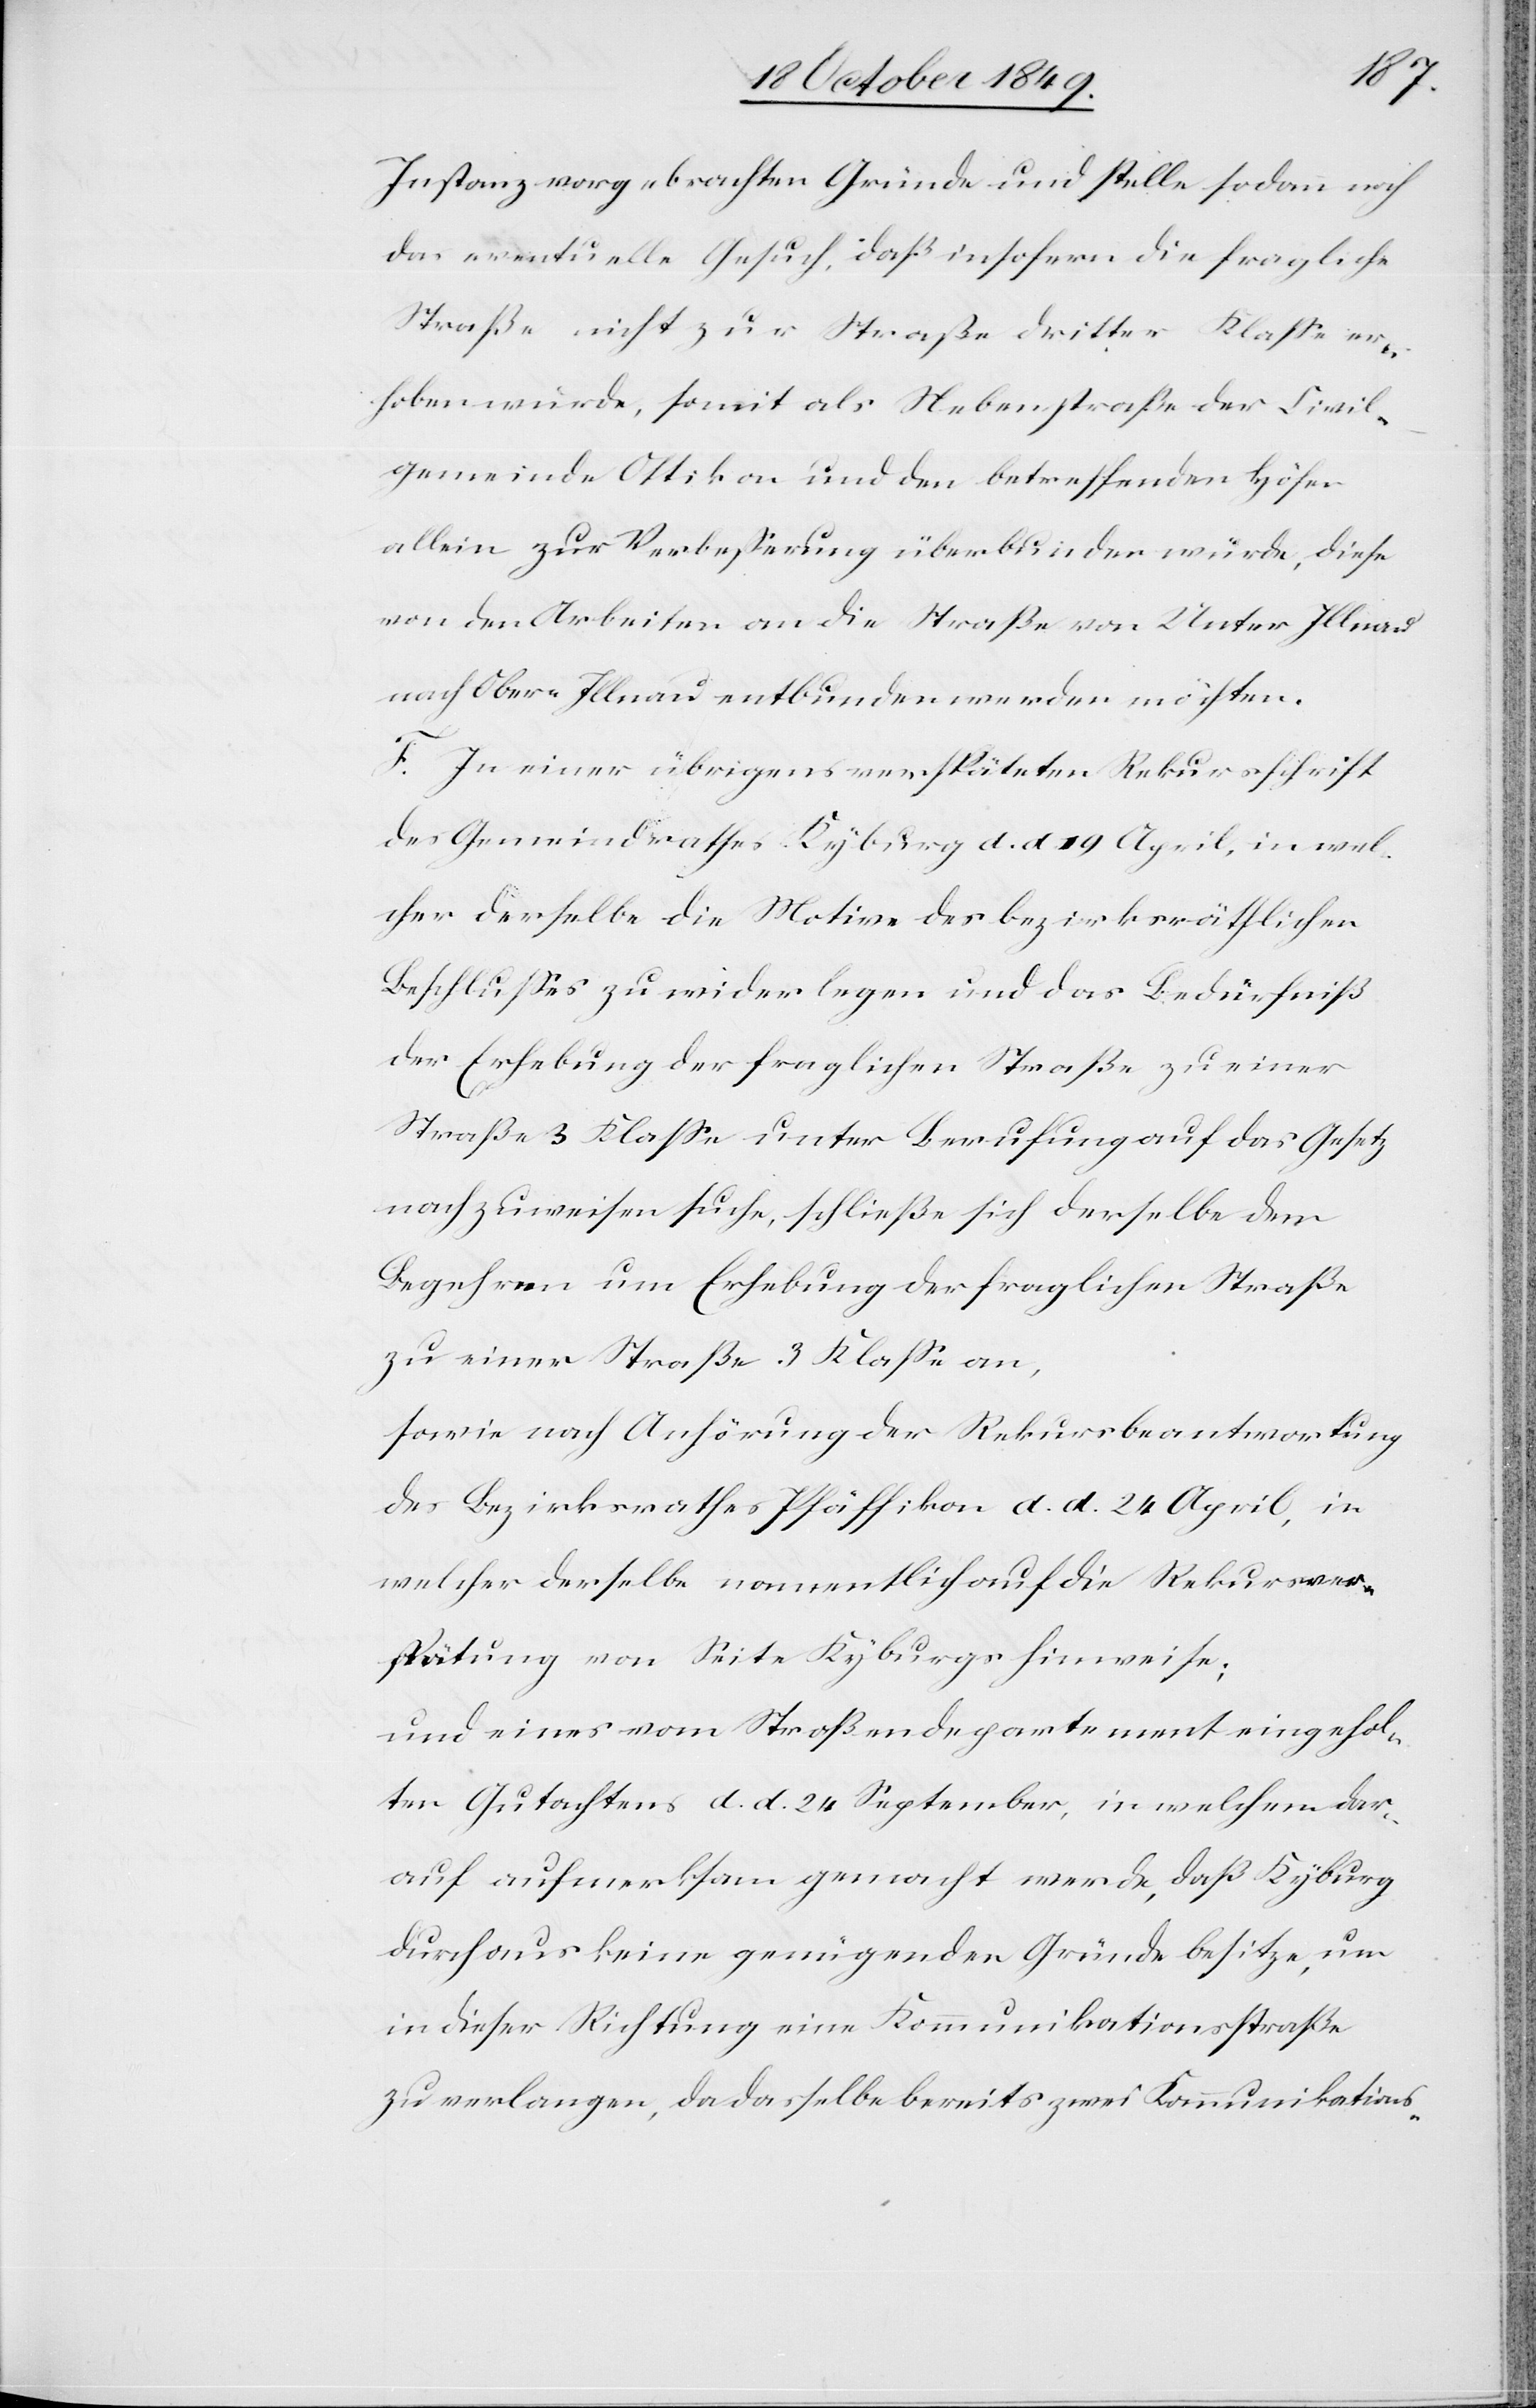
Instanz vorgebrachten Gründe und stelle sodann noch
das eventuelle Gesuch, daß insofern die fragliche
Straße nicht zur Straße dritter Klaße er¬
hoben wurde, somit als Nebenstraße der Civil¬
gemeinde Ottikon und den betreffenden Höfen
allein zur Verbeßerung überbunden würde, diese
von den Arbeiten an die Straße von Unter Illnau
nach Obere Illnau entbunden werden möchten.
F. In einer übrigens verspäteten Rekursschrift
des Gemeindrathes Kyburg d. d. 19 April, in wel¬
cher derselbe die Motive des bezirksräthlichen
Beschlußes zu widerlegen und das Bedürfniß
der Erhebung der fraglichen Straße zu einer
Straße 3 Klaße unter Berufung auf das Gesetz
nachzuweisen suche, schließe sich derselbe dem
Begehren um Erhebung der fraglichen Straße
zu einer Straße 3 Klaße an,
sowie nach Anhörung der Rekursbeantwortung
des Bezirksrathes Pfäffikon d. d. 24 April, in
welcher derselbe namentlich auf die Rekursver¬
spätung von Seite Kyburgs hinweise;
und eines vom Straßendepartement eingehol¬
ten Gutachtens d. d. 24 September, in welchem dar¬
auf aufmerksam gemacht werde, daß Kyburg
durchaus keine genügenden Gründe besitze, um
in dieser Richtung eine Kommunikationsstraße
zu verlangen, da dasselbe bereits zwei Kommunikations-